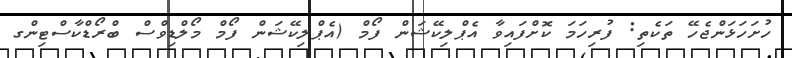
ހުށަހަޅަންޖެހޭ ތަކެތި: ފުރިހަމަ ކޮށްފައިވާ އެޕްލިކޭޝަން ފޯމް (އެޕްލިކޭޝަން ފޯމް މޯލްޑިވްސް ބްރޯޑްކާސްޓިންގ